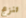
تنزعج